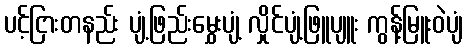
ပင့်ငြားတနည်း ပျံ့ဖြည်းမွှေးပျံ့ လှိုင်ပျံ့ဖြူပျူး ကွန့်မြူးဝဲပျံ